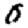
Digit: 0